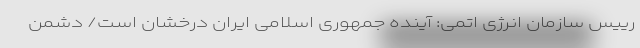
رییس سازمان انرژی اتمی: آینده جمهوری اسلامی ایران درخشان است/ دشمن